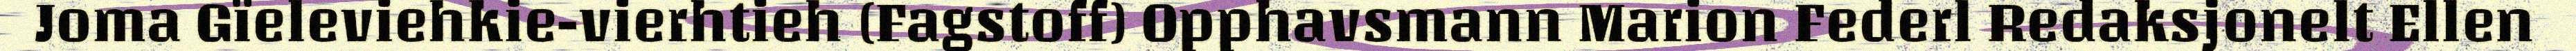
Joma Gïeleviehkie-vierhtieh (Fagstoff) Opphavsmann Marion Federl Redaksjonelt Ellen